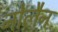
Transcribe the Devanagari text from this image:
नोलैन